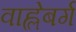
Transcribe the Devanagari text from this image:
वाह्लेबर्ग